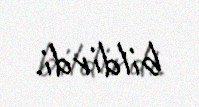
bildirdi.